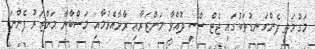
މަގުމަތީ ފެންގަނޑުތަކުގައި ޖެޓް ސްކީ ދުއްވާ މަންޒަރާއި ރާޅާއެޅުމާއި މަސްބާނާ މަންޒަރު ފެންނަ